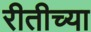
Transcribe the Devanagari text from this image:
रीतीच्या